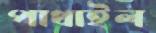
পাথাইল